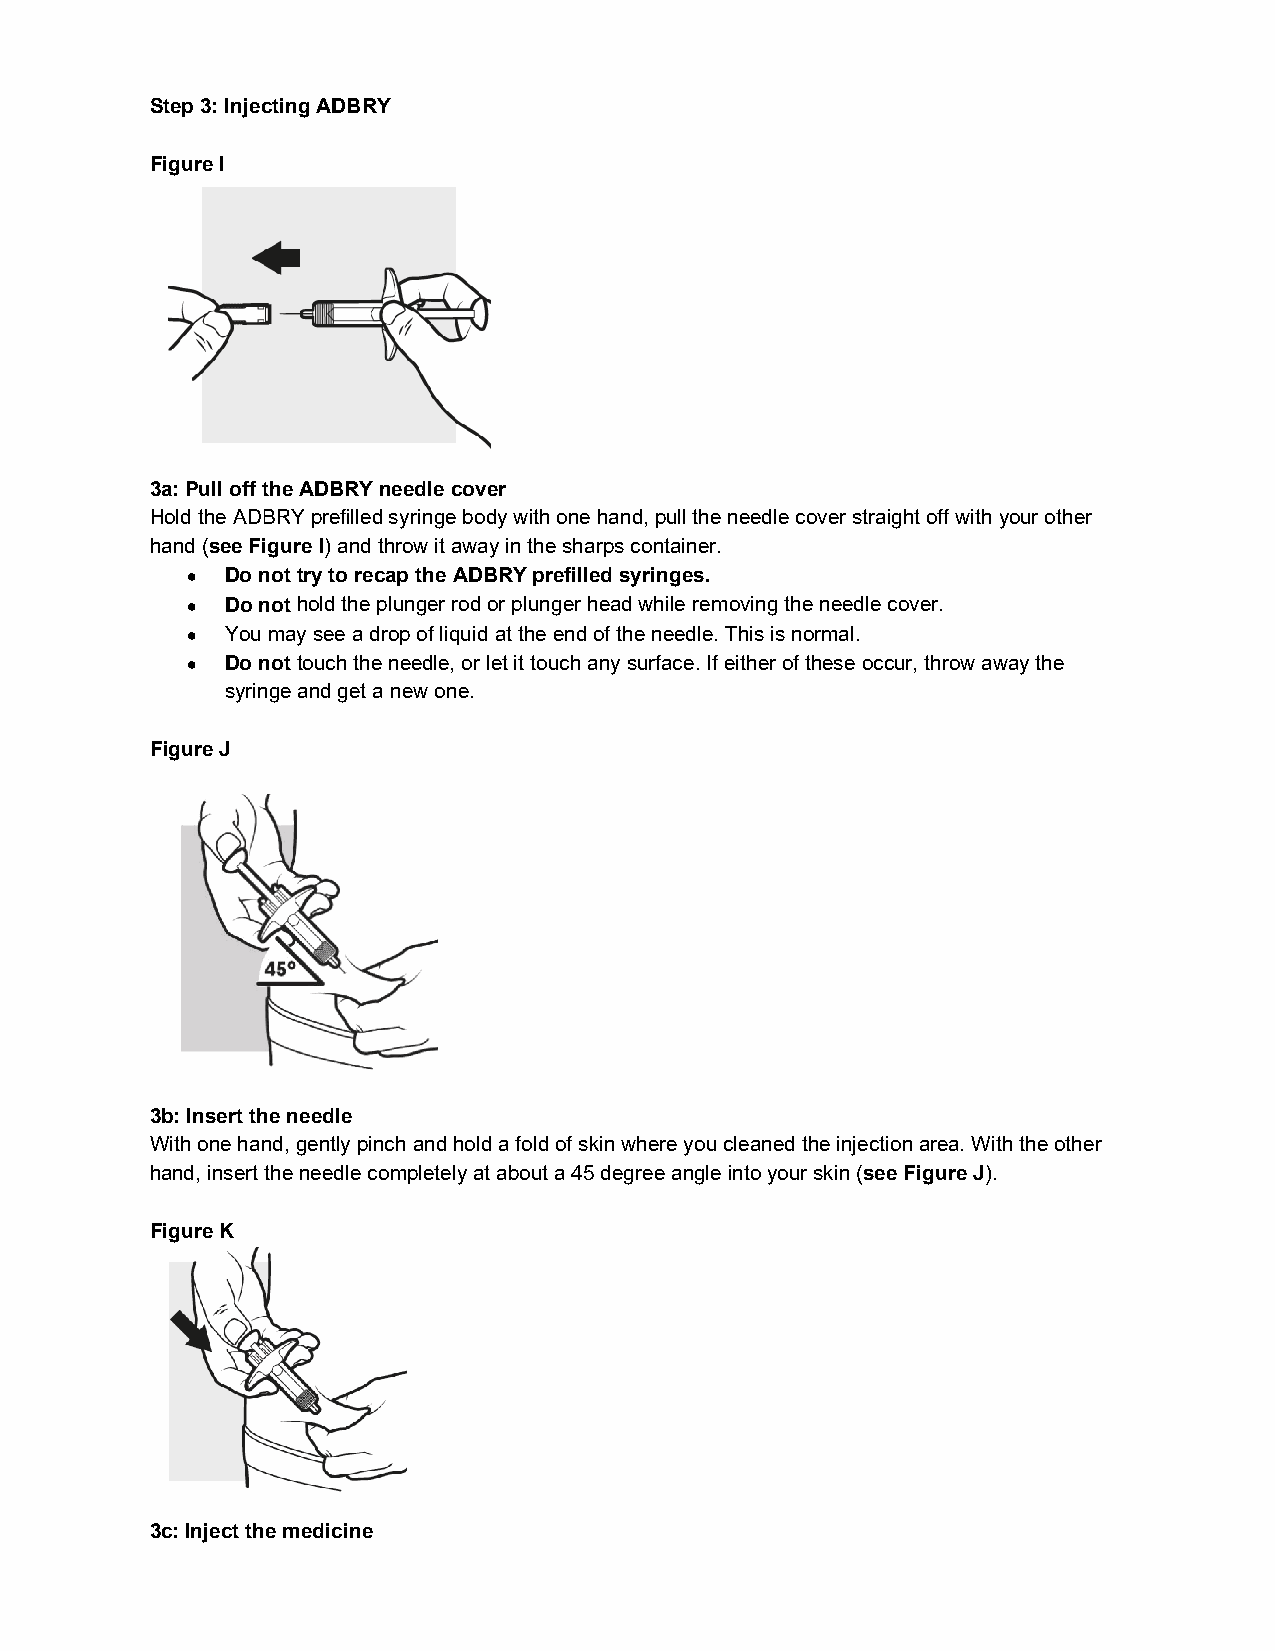
Step 3: Injecting ADBRY
 Figure I
 3a: Pull off the ADBRY needle cover
 Hold the ADBRY prefilled syringe body with one hand, pull the needle cover straight off with your other
 hand (see Figure I) and throw it away in the sharps container.
 •  Do not try to recap the ADBRY prefilled syringes.
 •  Do not hold the plunger rod or plunger head while removing the needle cover.
 •  You may see a drop of liquid at the end of the needle. This is normal.
 •  Do not touch the needle, or let it touch any surface. If either of these occur, throw away the
 syringe and get a new one.
 Figure J
 3b: Insert the needle
 With one hand, gently pinch and hold a fold of skin where you cleaned the injection area. With the other
 hand, insert the needle completely at about a 45 degree angle into your skin (see Figure J).
 Figure K
 3c: Inject the medicine